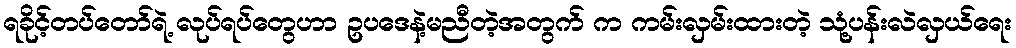
ရခိုင့်တပ်တော်ရဲ့ လုပ်ရပ်တွေဟာ ဥပဒေနဲ့မညီတဲ့အတွက် က ကမ်းလှမ်းထားတဲ့ သုံ့ပန်းလဲလှယ်ရေး